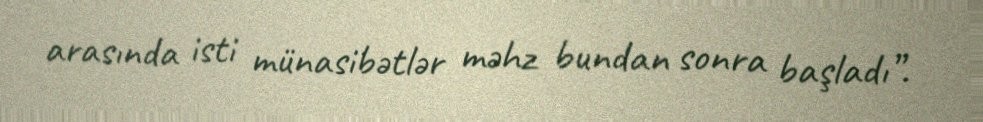
arasında isti münasibətlər məhz bundan sonra başladı”.